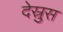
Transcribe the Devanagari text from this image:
देस्रुस